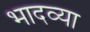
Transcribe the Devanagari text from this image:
भादव्या